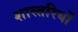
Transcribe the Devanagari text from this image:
शास्तरियों